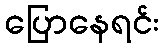
ပြောနေရင်း